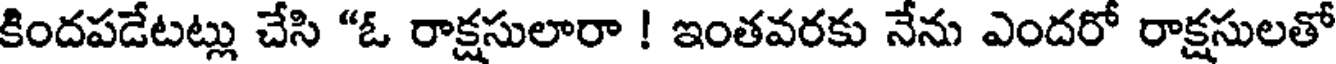
కిందపడేటట్లు చేసి "ఓ రాక్షసులారా ! ఇంతవరకు నేను ఎందరో రాక్షసులతో